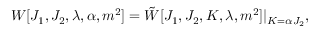
W [ J _ { 1 } , J _ { 2 } , \lambda , \alpha , m ^ { 2 } ] = \tilde { W } [ J _ { 1 } , J _ { 2 } , K , \lambda , m ^ { 2 } ] | _ { K = \alpha J _ { 2 } } ,